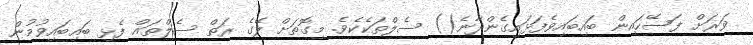
ވަރަށް ފަސޭހައިން ބައިބައިވެފަޅައިގެންދާނެ() ސެލްތަކެކެވެ. މިގޮތަށް ލޭގެ ރަތް ސެލްތައް ފެޅި ބައިބައިވުމުން